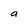
Character: a